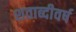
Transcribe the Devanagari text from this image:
शताब्दीवर्ष